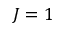
J = 1